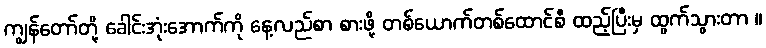
ကျွန်တော်တို့ ခေါင်းအုံးအောက်ကို နေ့လည်စာ စားဖို့ တစ်ယောက်တစ်ထောင်စီ ထည့်ပြီးမှ ထွက်သွားတာ ။